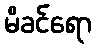
မိခင်ရော